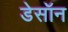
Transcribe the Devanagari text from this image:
डेसॉन